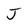
Character: J